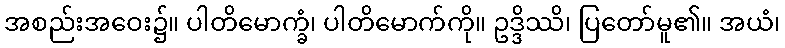
အစည်းအဝေး၌။ ပါတိမောက္ခံ၊ ပါတိမောက်ကို။ ဥဒ္ဒိဿိ၊ ပြတော်မူ၏။ အယံ၊